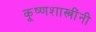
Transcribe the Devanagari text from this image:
कृ्ष्णशास्त्रींनी